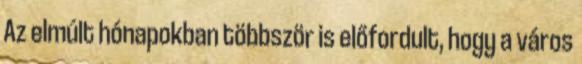
Az elmúlt hónapokban többször is előfordult, hogy a város